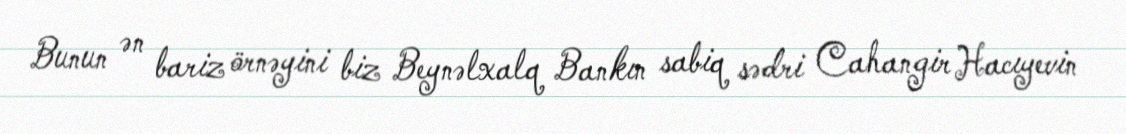
Bunun ən bariz örnəyini biz Beynəlxalq Bankın sabiq sədri Cahangir Hacıyevin